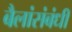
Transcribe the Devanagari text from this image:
बैलांसंबंधी